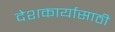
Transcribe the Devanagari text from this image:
देशकार्यासाठी